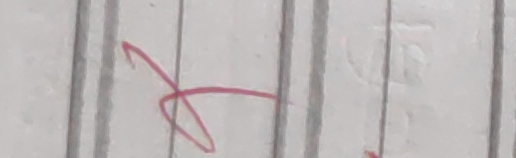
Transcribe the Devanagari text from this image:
नही